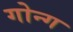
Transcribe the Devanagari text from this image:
गोन्ग